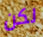
لكن